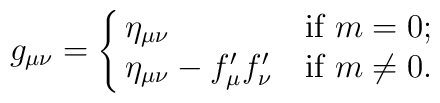
g_{\mu\nu}=\cases{\eta_{\mu\nu}& if $m=0$;\cr                  \eta_{\mu\nu}-f'_{\mu}f'_{\nu} & if $m\neq0$.\cr}